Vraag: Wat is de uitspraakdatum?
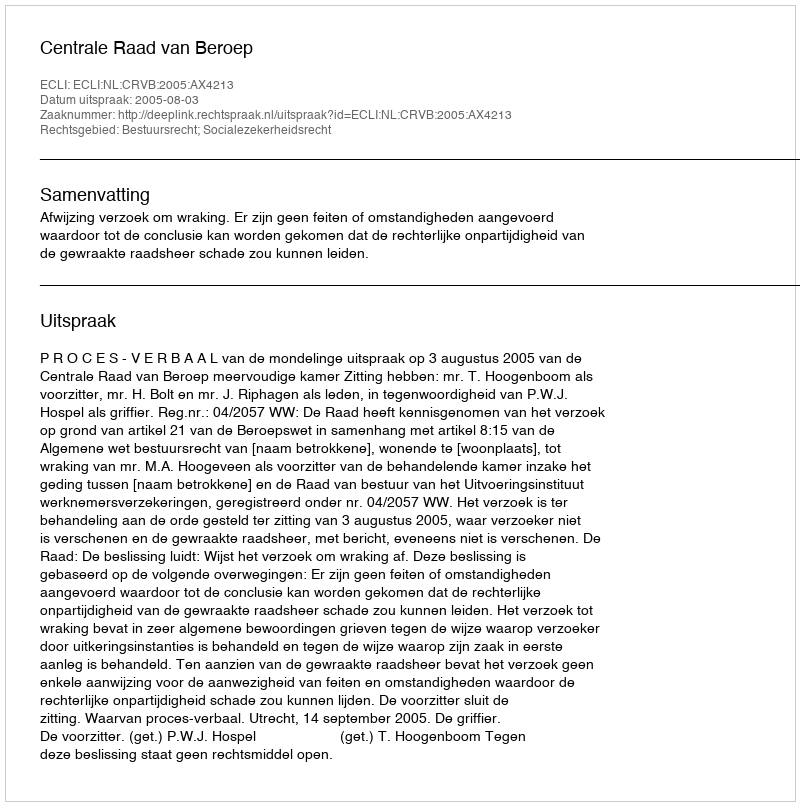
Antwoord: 2005-08-03